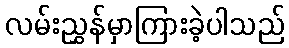
လမ်းညွှန်မှာကြားခဲ့ပါသည်